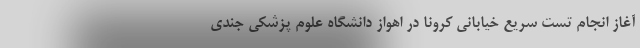
آغاز انجام تست سریع خیابانی کرونا در اهواز دانشگاه علوم پزشکی جندی